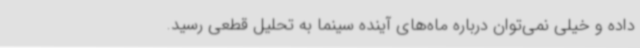
داده و خیلی نمی‌توان درباره ماه‌های آینده سینما به تحلیل قطعی رسید.